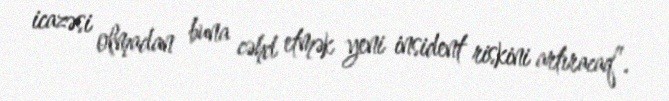
icazəsi olmadan buna cəhd etmək yeni insident riskini artıracaq”.